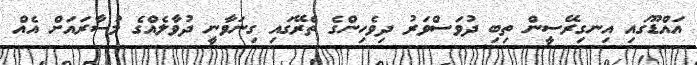
އައްޑޫގައި އިނގިރޭސީން ތިބި ދުވަސްވަރު ދިވެހިންގެ ތެރޭގައި ގިނަވާނީ ދުވާލެއްގެ މުސާރައަށް އެއް